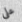
على